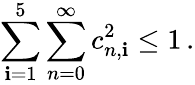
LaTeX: \sum_{\mathbf{i}=1}^{5}\sum_{n=0}^{\infty}c_{n,\mathbf{i}}^{2}\leq1\, .